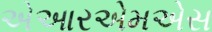
એઆરએમએસ